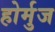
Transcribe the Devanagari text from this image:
होर्मुज